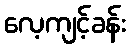
လေ့ကျင့်ခန်း